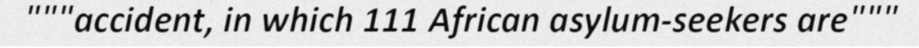
"""accident, in which 111 African asylum-seekers are"""